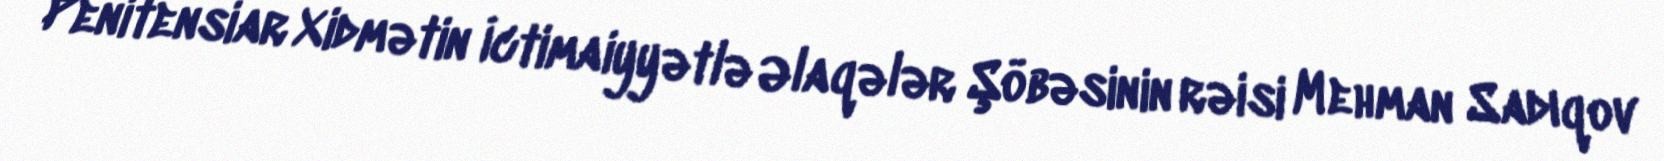
Penitensiar Xidmətin İctimaiyyətlə Əlaqələr Şöbəsinin rəisi Mehman Sadıqov